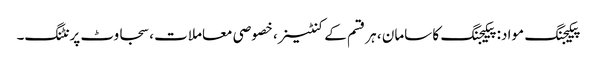
پیکیجنگ مواد: پیکیجنگ کا سامان ، ہر قسم کے کنٹینر ، خصوصی معاملات ، سجاوٹ پرنٹنگ۔